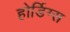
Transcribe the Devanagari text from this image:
होर्डिग्स